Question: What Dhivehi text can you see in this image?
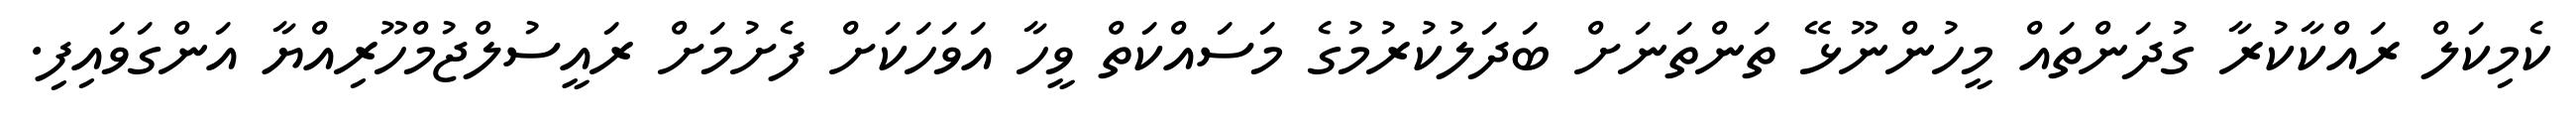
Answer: ކެމިކަލް ރައްކާކުރާ ގުދަންތައް މީހުންނޫޅޭ ތަންތަނަށް ބަދަލުކުރުމުގެ މަސައްކަތް ވީހާ އަވަހަކަށް ފެށުމަށް ރައީސުލްޖުމްހޫރިއްޔާ އަންގަވައިފި.